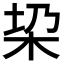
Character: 𣐟